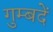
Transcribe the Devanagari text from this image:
गुम्बदें